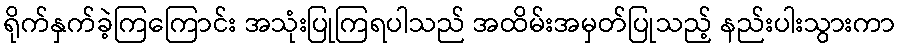
ရိုက်နှက်ခဲ့ကြကြောင်း အသုံးပြုကြရပါသည် အထိမ်းအမှတ်ပြုသည့် နည်းပါးသွားကာ